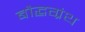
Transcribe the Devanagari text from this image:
बौद्धग्रंथ